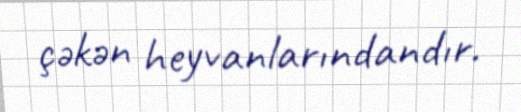
çəkən heyvanlarındandır.